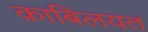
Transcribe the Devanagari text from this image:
क़ाबिलयत